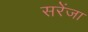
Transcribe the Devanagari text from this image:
सरेंजा